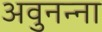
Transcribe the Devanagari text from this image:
अवुनन्ना